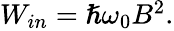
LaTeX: \begin{array}{r}{W_{in}=\hslash\omega_{0}B^{2}.}\end{array}